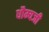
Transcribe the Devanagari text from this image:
धौम्यजी